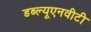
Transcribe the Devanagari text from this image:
डब्ल्यूएनवीटी